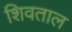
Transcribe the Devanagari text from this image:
शिवताल